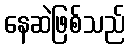
နေဆဲဖြစ်သည်